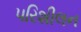
પરિશીલન